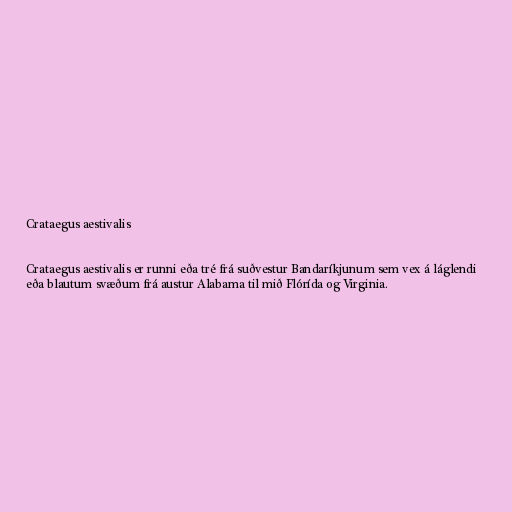
Crataegus aestivalis

Crataegus aestivalis er runni eða tré frá suðvestur Bandaríkjunum sem vex á láglendi
eða blautum svæðum frá austur Alabama til mið Flórída og Virginia.